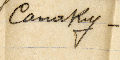
Conkry -